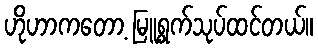
ဟိုဟာကတော့ မြူရွက်သုပ်ထင်တယ်။